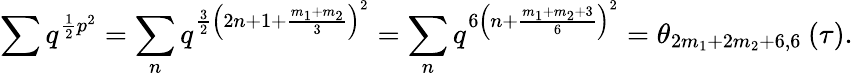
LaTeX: \sum q^{\frac{1}{2}p^{2}}=\sum_{n}q^{\frac{3}{2}\left(2n+1+\frac{m_{1}+m_{2}}{3}\right)^{2}}=\sum_{n}q^{6\left(n+\frac{m_{1}+m_{2}+3}{6}\right)^{2}}=\theta_{2m_{1}+2m_{2}+6,6}\: (\tau).